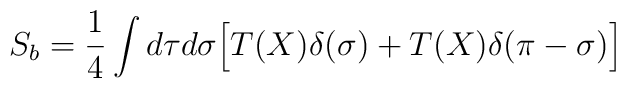
S_b=\frac{1}{4}\int d\tau d\sigma \Bigl[T(X)\delta(\sigma)+T(X)\delta(\pi-\sigma)\Bigr]\quad